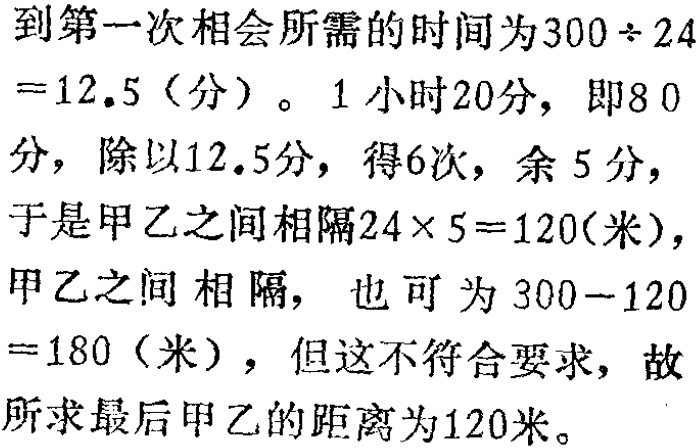
到第一次相会所需的时间为$300\div 24 = 12.5$（分）。$1$小时$20$分，即$80$分，除以$12.5$分，得$6$次，余$5$分，于是甲乙之间相隔$24\times 5 = 120$(米)，甲乙之间相隔，也可为$300 - 120 = 180$（米），但这不符合要求，故所求最后甲乙的距离为$120$米。